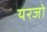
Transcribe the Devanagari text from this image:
यरजो